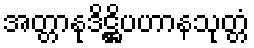
အတ္တာနုဒိဋ္ဌိပဟာနသုတ္တံ